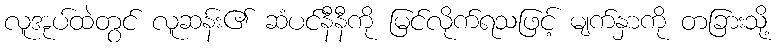
လူအုပ်ထဲတွင် လူဆန်း၏ ဆံပင်နီနီကို မြင်လိုက်ရသဖြင့် မျက်နှာကို တခြားသို့